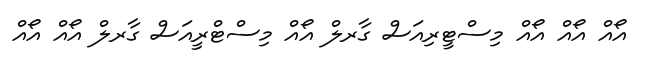
އޯއް އޯއް އޯއް މިސްޓީރިއަސް ގާރލް އޯއް މިސްޓްރީއަސް ގާރލް އޯއް އޯއް